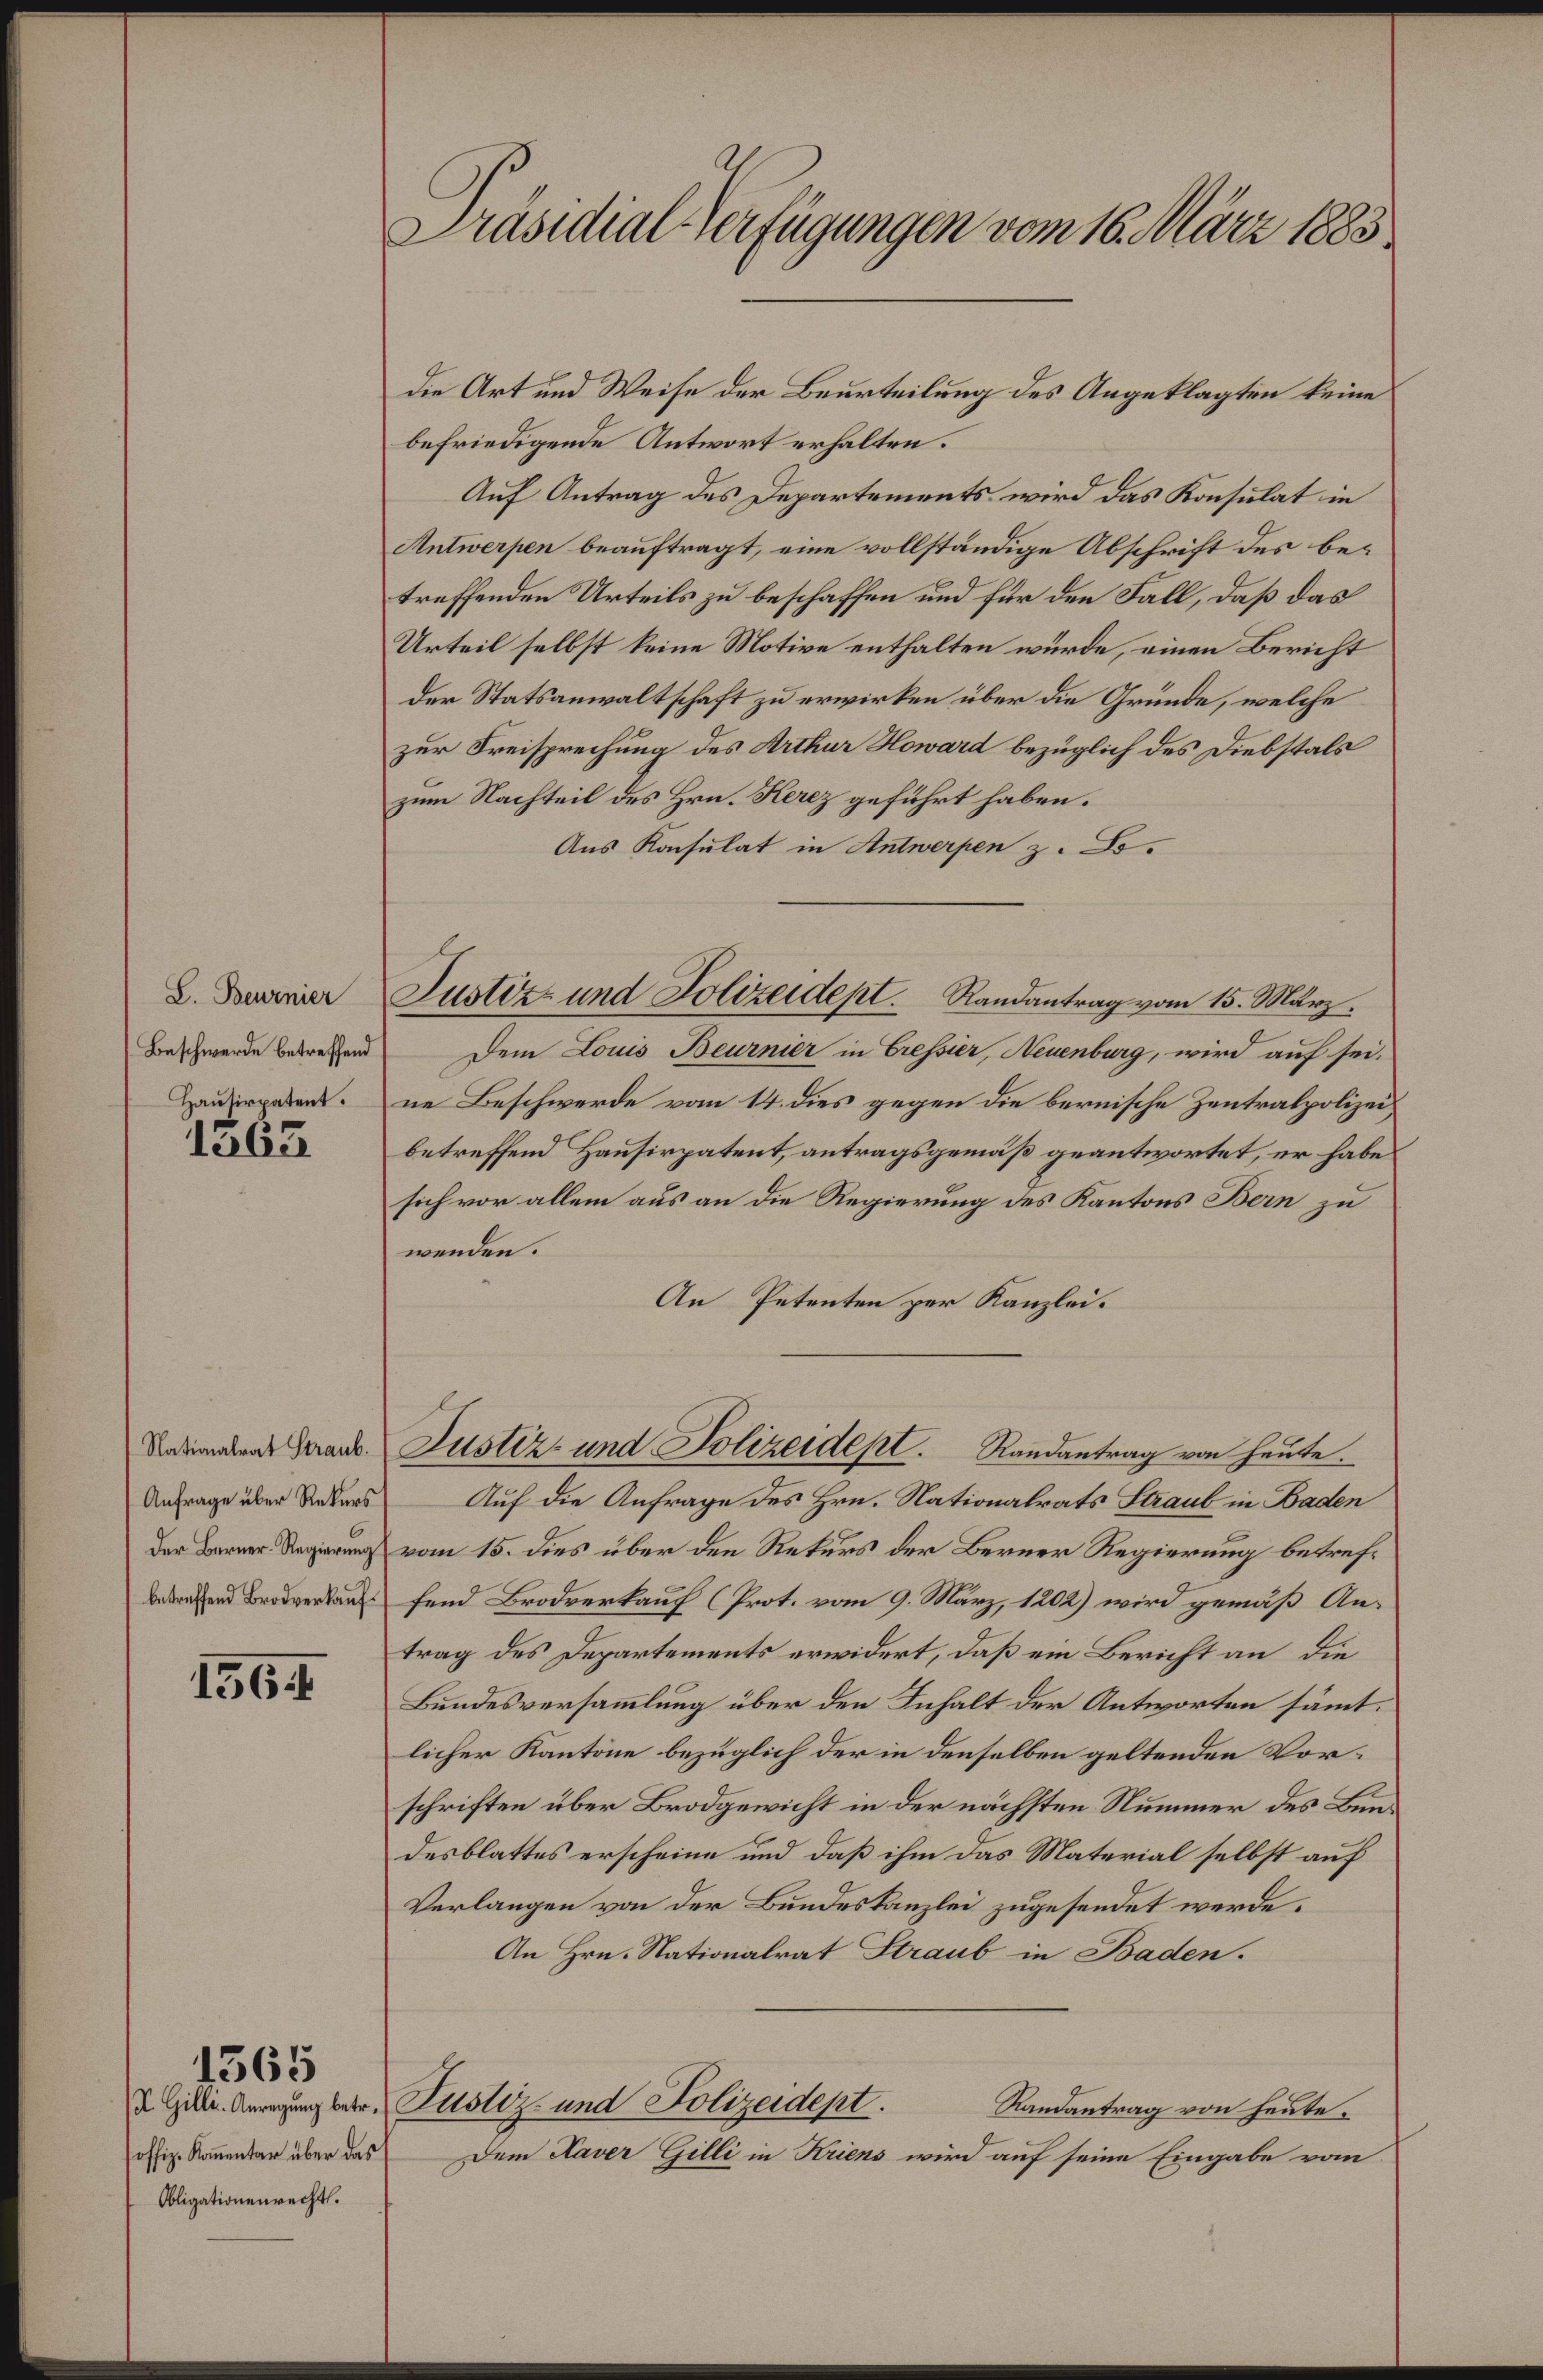
L. Beurnier
Beschwerde betreffend
Hausirpatent.

1363

Nationalrat Straub.
Anfrage über Rekurs
Der Berner-Regierung
betreffend Brodverkauf¬

1564

1565

offiz. Komentar über das
Obligationenrecht.

Präsidial-Verfügungen vom 16. März 1883.

die Art und Weise der Beurteilung des Angeklagten keine
befriedigende Antwort erhalten.
Auf Antrag des Departements wird das Konsulat in
Antwerpen beauftragt, eine vollständige Abschrift des betreffenden Urteils zu beschaffen und für den Fall, daß das
Urteil selbst keine Motive enthalten würde, einen Bericht
der Statsanwaltschaft zu erwirken über die Gründe, welche
zur Freisprechung des Arthur Howard bezüglich des Diebstals
zum Nachteil des Hrn. Kerez geführt haben.
Aus Konsulat in Antwerpen z. B.
Dem Louis Beurnier in Cressier, Neuenburg, wird auf seine Beschwerde vom 14. dies gegen die bernische Zentralpolizei
betreffend Hausirpatent, antragsgemäß geantwortet, er habe
sich vor allem aus an die Regierung des Kantons Bern zu
wenden.
An Petenten per Kanzlei.
Justiz- und Polizeidept. Randantrag von heute.
Auf die Anfrage des Hrn. Nationalrats Straub in Baden
vom 15. dies über den Rekurs der Berner Regierung betreffend Brodverkauf (Prot. vom 9. März, 1202) wird gemäß Antrag des Departements erwidert, daß ein Bericht an die
Bundesversammlung über den Inhalt der Antworten sämmt.
licher Kantone bezüglich der in denselben geltenden Vorschriften über Brodgewicht in der nächsten Nummer des Bundesblattes erscheine und daß ihm das Material selbst auf
Verlangen von der Bundeskanzlei zugesendet werde.
An Hrn. Nationalrat Straub in Baden.
d Gille. Anregung betr. Zustiz und Polizeidept.
Randantrag von heute.
Dem Kaver Gilli in Kriens wird auf seine Eingabe vom

Justiz- und Polizeidept. Randantrag vom 15. März.